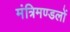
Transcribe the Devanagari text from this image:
मंत्रिमण्डलों